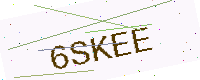
Text: 6SKEE